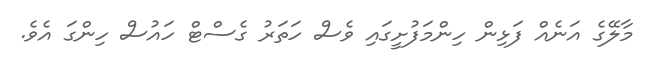
މާލޭގެ އަނެއް ފަޅިން ހިންމަފުށީގައި ވެސް ހަތަރު ގެސްޓް ހައުސް ހިންގަ އެވެ.